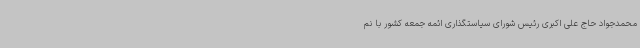
محمدجواد حاج علی اکبری رئیس شورای سیاستگذاری ائمه جمعه کشور با نم